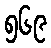
၅၆၉